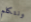
ونتكلم